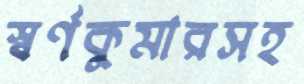
স্বর্ণকুমারসহ